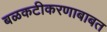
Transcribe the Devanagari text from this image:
बळकटीकरणाबाबत